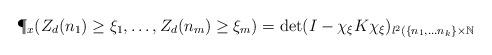
LaTeX: \begin{align*}\P_x(Z_d(n_1) \geq \xi_1, \ldots, Z_d(n_m) \geq \xi_m) = \det(I - \chi_\xi K \chi_{\xi})_{l^2(\{n_1, \ldots n_k\} \times \mathbb{N}}\end{align*}